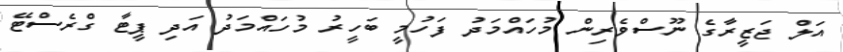
އަލް ޖަޒީރާގެ ނޫސްވެރިން މުހައްމަދު ފަހުމީ ބަހީރު މުހައްމަދު އަދި ޕީޓާ ގްރެސްޓޭ